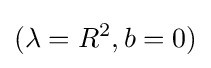
(\lambda =R^{2},b=0)